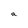
Character: a